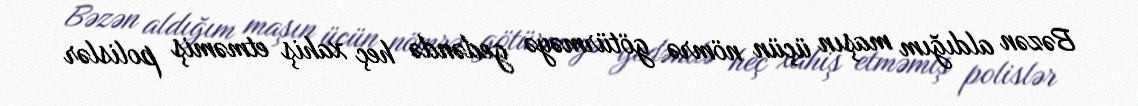
Bəzən aldığım maşın üçün nömrə götürməyə gedəndə heç xahiş etməmiş polislər